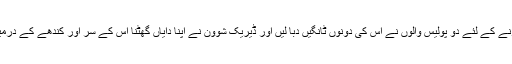
اسے مزید بے بس کرنے کے لئے دو پولیس والوں نے اس کی دونوں ٹانگیں دبا لیں اور ڈیریک شوون نے اپنا دایاں گھٹنا اس کے سر اور کندھے کے درمیان گردن پر رکھ دیا ۔